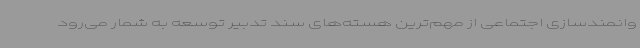
وانمندسازی اجتماعی از مهم‌ترین هسته‌های سند تدبیر توسعه به شمار می‌رود